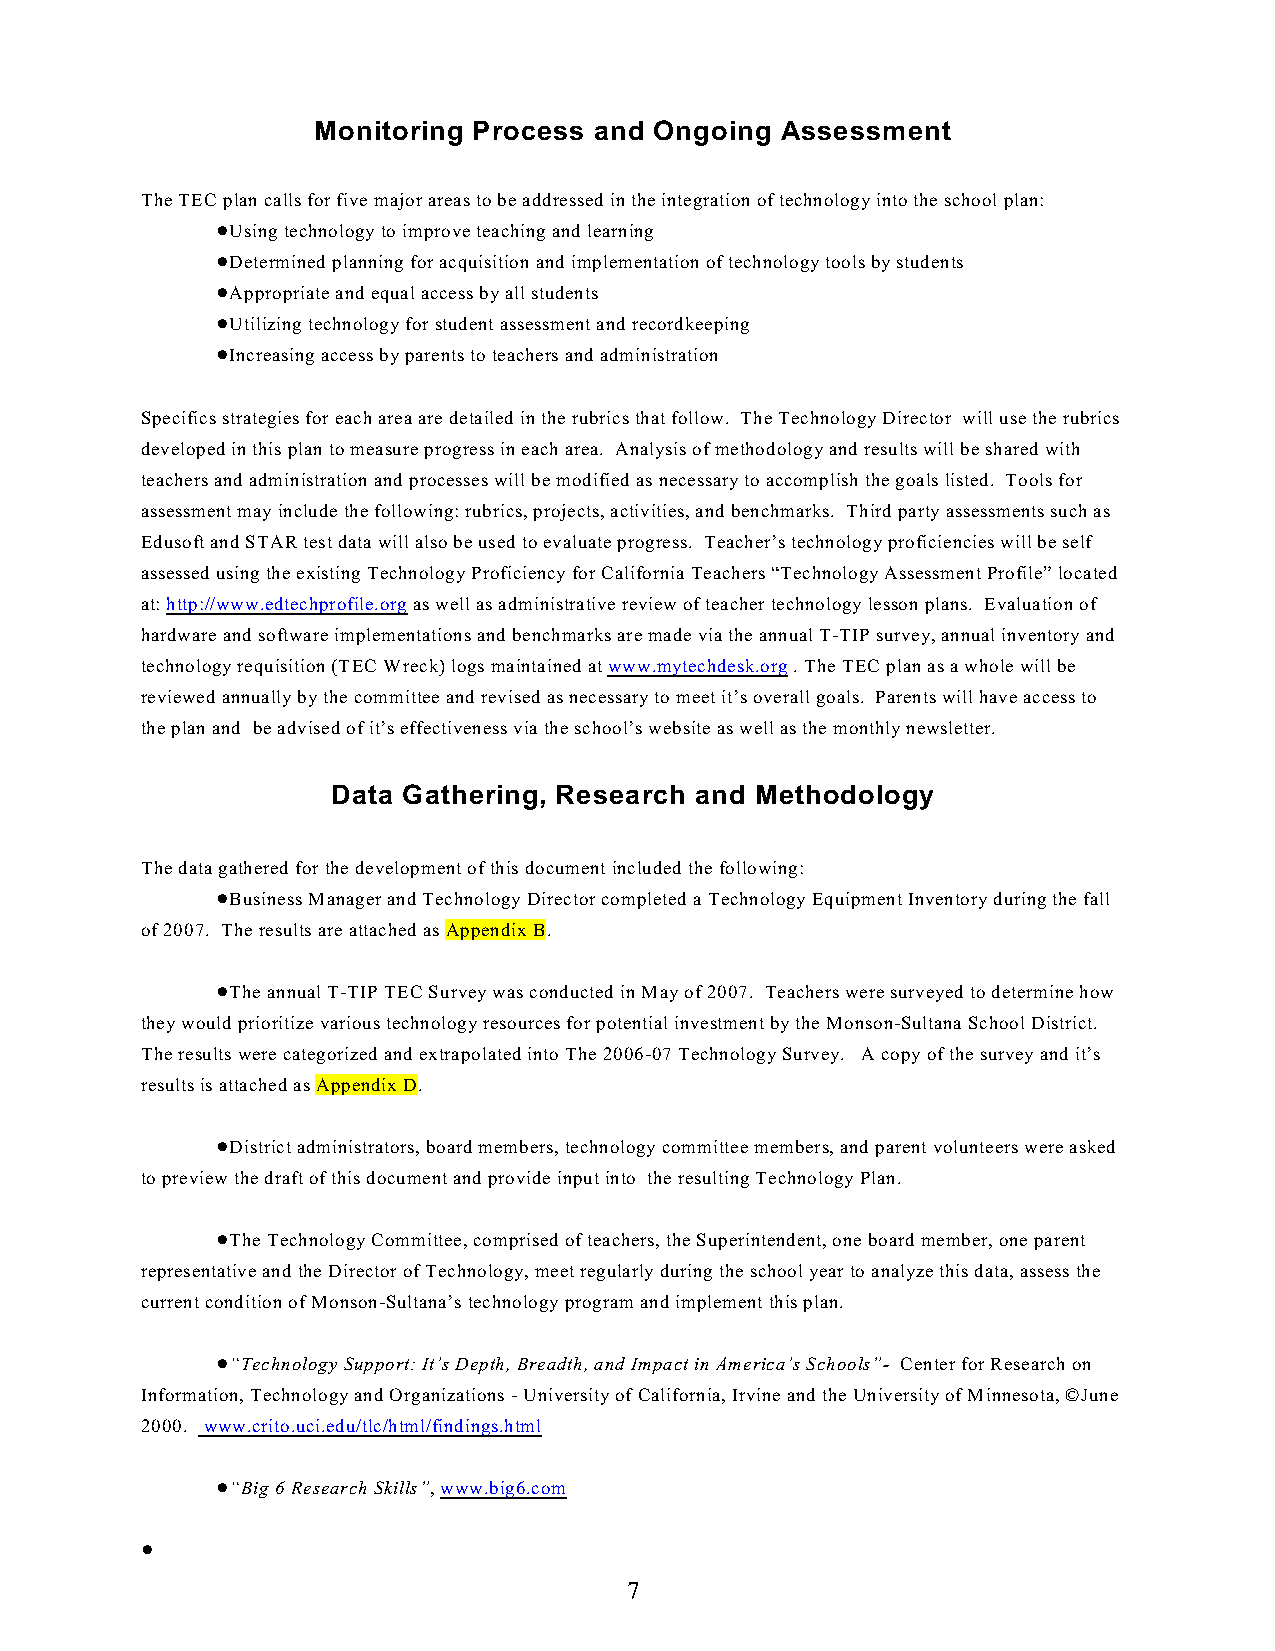
Monitoring Process and Ongoing Assessment
 The TEC plan calls for five major areas to be addressed in the integration of technology into the school plan:
 !Using technology to improve teaching and learning
 !Determined planning for acquisition and implementation of technology tools by students
 !Appropriate and equal access by all students
 !Utilizing technology for student assessment and recordkeeping
 !Increasing access by parents to teachers and administration
 Specifics strategies for each area are detailed in the rubrics that follow. The Technology Director will use the rubrics
 developed in this plan to measure progress in each area. Analysis of methodology and results will be shared with
 teachers and administration and processes will be modified as necessary to accomplish the goals listed. Tools for
 assessment may include the following: rubrics, projects, activities, and benchmarks. Third party assessments such as
 Edusoft and STAR test data will also be used to evaluate progress. Teacher’s technology proficiencies will be self
 assessed using the existing Technology Proficiency for California Teachers “Technology Assessment Profile” located
 at: http://www.edtechprofile.org as well as administrative review of teacher technology lesson plans. Evaluation of
 hardware and software implementations and benchmarks are made via the annual T-TIP survey, annual inventory and
 technology requisition (TEC Wreck) logs maintained at www.mytechdesk.org . The TEC plan as a whole will be
 reviewed annually by the committee and revised as necessary to meet it’s overall goals. Parents will have access to
 the plan and be advised of it’s effectiveness via the school’s website as well as the monthly newsletter.
 Data Gathering, Research and Methodology
 The data gathered for the development of this document included the following:
 !Business Manager and Technology Director completed a Technology Equipment Inventory during the fall
 of 2007. The results are attached as Appendix B.
 !The annual T-TIP TEC Survey was conducted in May of 2007. Teachers were surveyed to determine how
 they would prioritize various technology resources for potential investment by the Monson-Sultana School District.
 The results were categorized and extrapolated into The 2006-07 Technology Survey. A copy of the survey and it’s
 results is attached as Appendix D.
 !District administrators, board members, technology committee members, and parent volunteers were asked
 to preview the draft of this document and provide input into the resulting Technology Plan.
 !The Technology Committee, comprised of teachers, the Superintendent, one board member, one parent
 representative and the Director of Technology, meet regularly during the school year to analyze this data, assess the
 current condition of Monson-Sultana’s technology program and implement this plan.
 !“Technology Support: It’s Depth, Breadth, and Impact in America’s Schools”- Center for Research on
 Information, Technology and Organizations - University of California, Irvine and the University of Minnesota, ©June
 2000. www.crito.uci.edu/tlc/html/findings.html
 !“Big 6 Research Skills”, www.big6.com
 !
 7